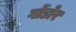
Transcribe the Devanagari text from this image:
गोंडोर